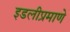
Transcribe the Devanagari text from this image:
इडलीप्रमाणे